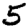
Digit: 5